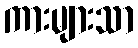
ကားများသာ